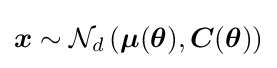
{\boldsymbol {x}}\sim {\mathcal {N}}_{d}\left({\boldsymbol {\mu }}({\boldsymbol {\theta }}),{\boldsymbol {C}}({\boldsymbol {\theta }})\right)